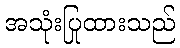
အသုံးပြုထားသည်